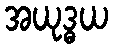
အယုဒ္ဓယ